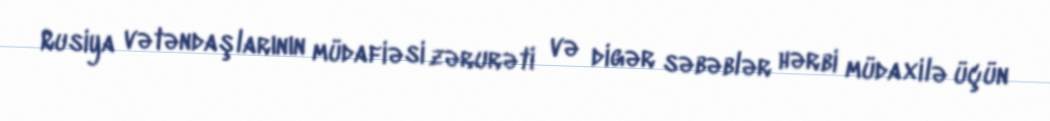
Rusiya vətəndaşlarının müdafiəsi zərurəti və digər səbəblər hərbi müdaxilə üçün